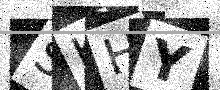
Text: SKHY